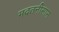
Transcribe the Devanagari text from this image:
मदतनीसास